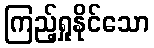
ကြည့်ရှုနိုင်သော